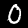
Digit: 0